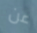
عن